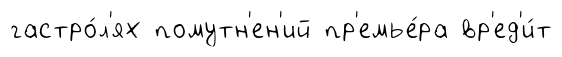
гастро́л'ях помутн'ен'ий пр'емье́ра вр'ед'и́т